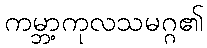
ကမ္ဘာ့ကုလသမဂ္ဂ၏